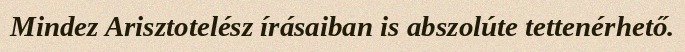
Mindez Arisztotelész írásaiban is abszolúte tettenérhető.